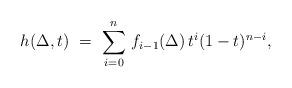
LaTeX: \begin{align*} h(\Delta, t) \ = \ \sum_{i=0}^n \, f_{i-1} (\Delta) \, t^i (1-t)^{n-i},\end{align*}